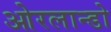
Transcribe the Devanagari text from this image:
ओरलान्डो